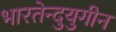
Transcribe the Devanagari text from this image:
भारतेन्दुयुगीन